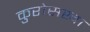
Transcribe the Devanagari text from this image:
कुरोसखा